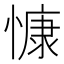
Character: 慷